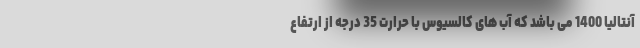
آنتالیا 1400 می باشد که آب های کالسیوس با حرارت 35 درجه از ارتفاع